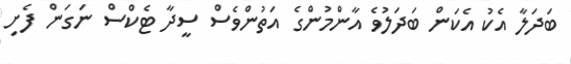
ބަދަލާ އެކު އެކަން ބަދަލުވެ އާންމުންގެ އަތުންވެސް ސީދާ ޓެކްސް ނަގަން ފެށި